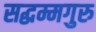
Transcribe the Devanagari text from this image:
सद्धम्मगुरु